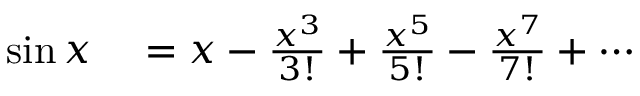
\begin{array} { r l } { \sin x } & { { } = x - { \frac { x ^ { 3 } } { 3 ! } } + { \frac { x ^ { 5 } } { 5 ! } } - { \frac { x ^ { 7 } } { 7 ! } } + \cdots } \end{array}